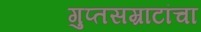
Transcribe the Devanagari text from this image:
गुप्तसम्राटांचा